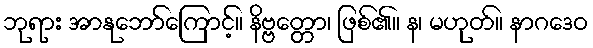
ဘုရား အာနုဘော်ကြောင့်။ နိဗ္ဗတ္တော၊ ဖြစ်၏။ န၊ မဟုတ်။ နာဂဒေဝ